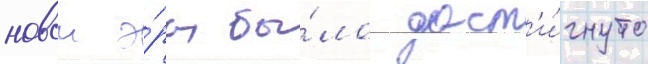
новои э́ры бы́ло дост'и́гнуто